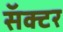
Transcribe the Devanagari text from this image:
सॅक्टर